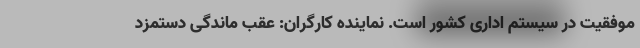
موفقیت در سیستم اداری کشور است. نماینده کارگران: عقب ماندگی دستمزد